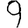
Digit: 9